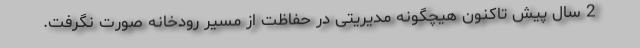
2 سال پیش تاکنون هیچگونه مدیریتی در حفاظت از مسیر رودخانه صورت نگرفت.